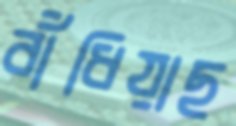
বাঁধিয়াছ